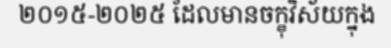
២០១៥-២០២៥ ដែលមានចក្ខុវិស័យក្នុង